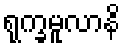
ရုက္ခမူလာနိ